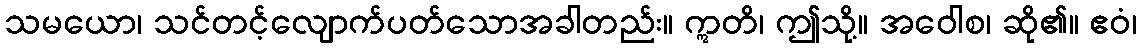
သမယော၊ သင်တင့်လျောက်ပတ်သောအခါတည်း။ ဣတိ၊ ဤသို့။ အဝေါစ၊ ဆို၏။ ဧဝံ၊